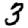
Digit: 3